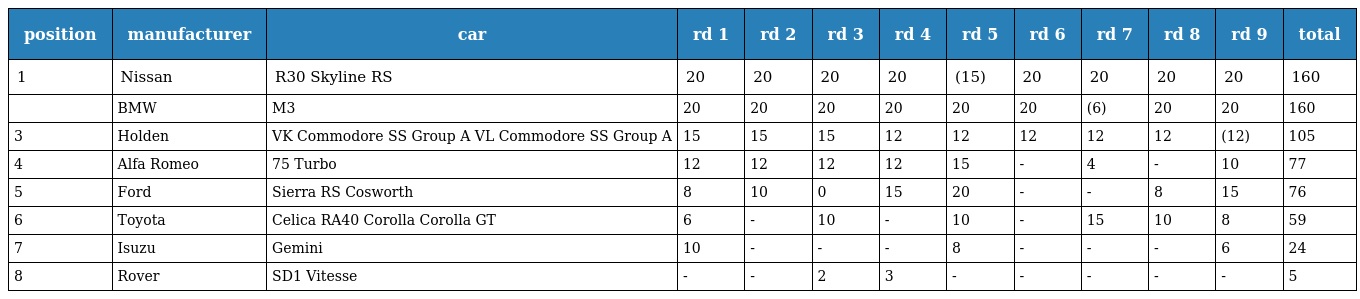
| position | manufacturer | car | rd 1 | rd 2 | rd 3 | rd 4 | rd 5 | rd 6 | rd 7 | rd 8 | rd 9 | total |
 | --- | --- | --- | --- | --- | --- | --- | --- | --- | --- | --- | --- | --- |
 | 1 | Nissan | R30 Skyline RS | 20 | 20 | 20 | 20 | (15) | 20 | 20 | 20 | 20 | 160 |
 |  | BMW | M3 | 20 | 20 | 20 | 20 | 20 | 20 | (6) | 20 | 20 | 160 |
 | 3 | Holden | VK Commodore SS Group A VL Commodore SS Group A | 15 | 15 | 15 | 12 | 12 | 12 | 12 | 12 | (12) | 105 |
 | 4 | Alfa Romeo | 75 Turbo | 12 | 12 | 12 | 12 | 15 | - | 4 | - | 10 | 77 |
 | 5 | Ford | Sierra RS Cosworth | 8 | 10 | 0 | 15 | 20 | - | - | 8 | 15 | 76 |
 | 6 | Toyota | Celica RA40 Corolla Corolla GT | 6 | - | 10 | - | 10 | - | 15 | 10 | 8 | 59 |
 | 7 | Isuzu | Gemini | 10 | - | - | - | 8 | - | - | - | 6 | 24 |
 | 8 | Rover | SD1 Vitesse | - | - | 2 | 3 | - | - | - | - | - | 5 |